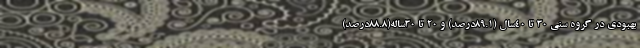
بهبودی در گروه سنی ۳۰ تا ۴۰سال (۸۹.۱درصد) و ۲۰ تا ۳۰ساله(۸۸.۸درصد)